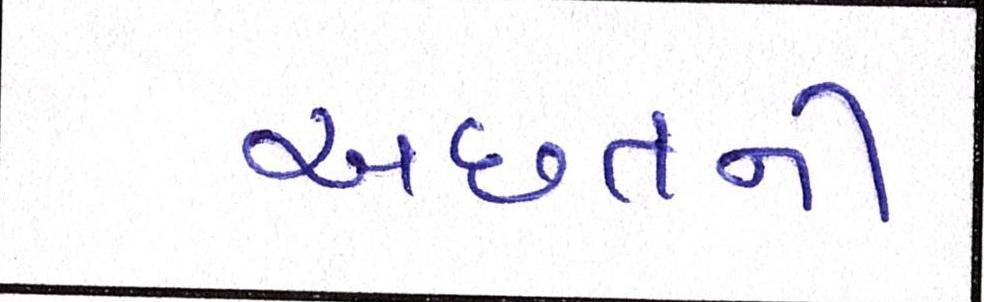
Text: અછતની